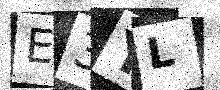
Text: E3YL